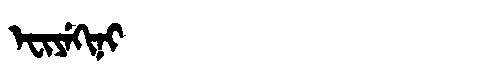
Manchu: ᡝᠸᡳᠶᡝᡴᡳᠨᡳ
Romanization: EFIYEKINI